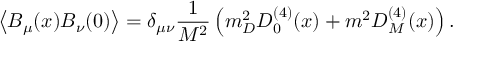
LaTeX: \left< B _ { \mu } ( x ) B _ { \nu } ( 0 ) \right> = \delta _ { \mu \nu } \frac { 1 } { M ^ { 2 } } \left( m _ { D } ^ { 2 } D _ { 0 } ^ { ( 4 ) } ( x ) + m ^ { 2 } D _ { M } ^ { ( 4 ) } ( x ) \right) .